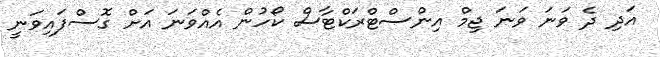
އަދި ދެ ވަނަ ވަނަ ޖިމް އިންސްޓްރަކްޓާސް ކޯހުން އެއްވަނަ އަށް ގޮސްފައިވަނީ